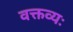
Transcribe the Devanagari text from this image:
वक्तव्यः